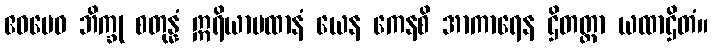
ဧဝမေဝ ဘိက္ခု စတုန္နံ ဣရိယာပထာနံ ယေန ကေနစိ အာကာရေန ဌိတတ္တာ ယထာဌိတံ။